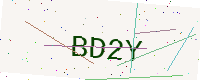
Text: BD2Y